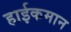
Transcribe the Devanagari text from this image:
हाईकमान